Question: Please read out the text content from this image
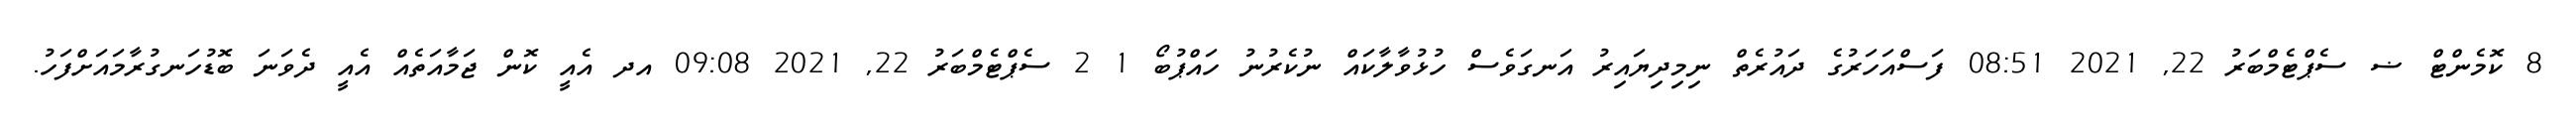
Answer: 8 ކޮމެންޓް ޟ ސެޕްޓެމްބަރު 22, 2021 08:51 ފަސްއަހަރުގެ ދައުރެތް ނިމިދިޔައިރު އަނގަވެސް ހުޅުވާލާކައް ނުކެރުނު ހައްޕުބޯ 1 2 ސެޕްޓެމްބަރު 22, 2021 09:08 އދ އެއީ ކޮން ޖަމާއަތެއް އެއީ ދެވަނަ ބޮޑުހަނގުރާމައަށްފަހު.